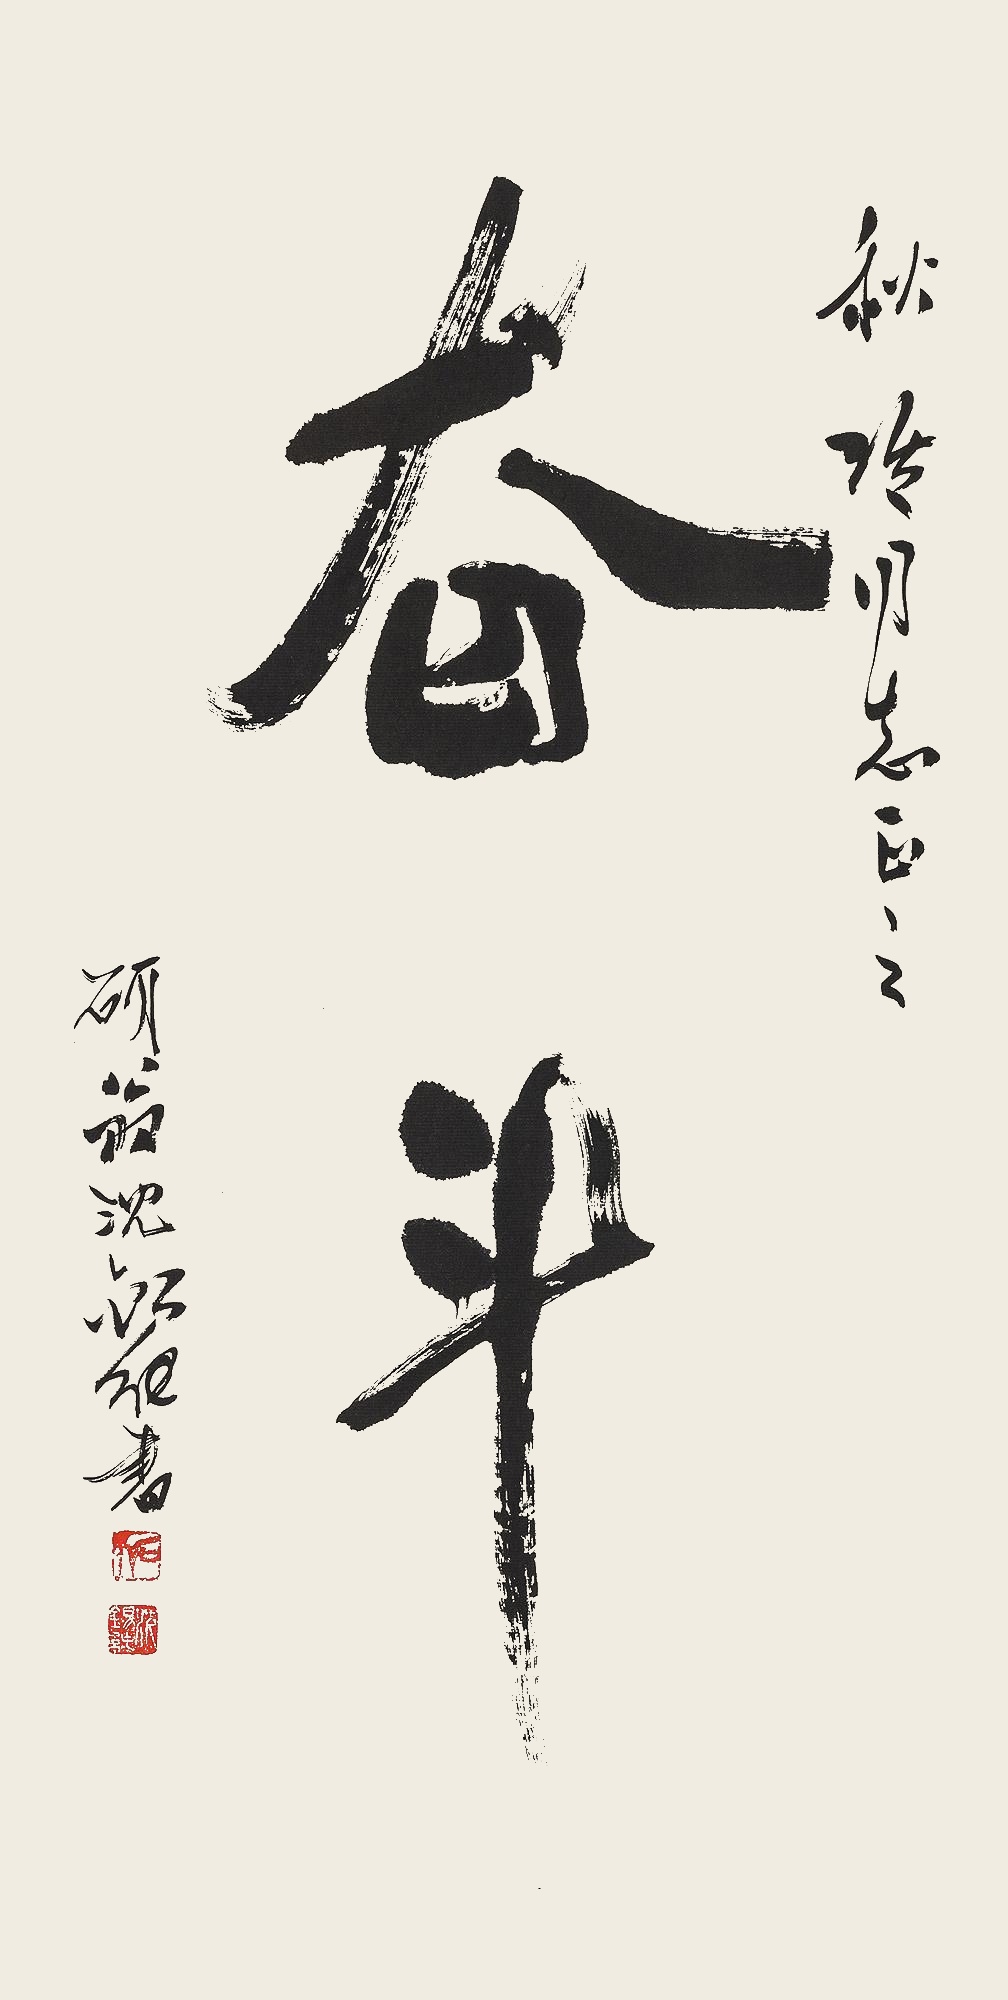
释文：奋斗秋玲同志正之。研翁沈锡纯书。